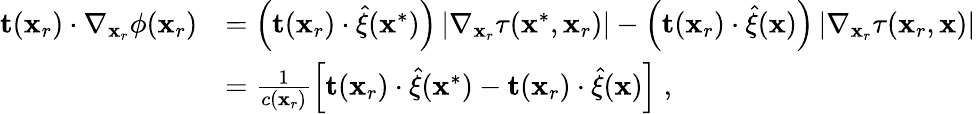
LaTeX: \begin{array}{rl}{\mathbf{t}(\mathbf{x}_{r})\cdot\nabla_{\mathbf{x}_{r}}\phi(\mathbf{x}_{r})}&{=\left(\mathbf{t}(\mathbf{x}_{r})\cdot\widehat{\mathbf{\xi}}(\mathbf{x}^{*})\right)\left|\nabla_{\mathbf{x}_{r}}\tau(\mathbf{x}^{*},\mathbf{x}_{r})\right|-\left(\mathbf{t}(\mathbf{x}_{r})\cdot\widehat{\mathbf{\xi}}(\mathbf{x})\right)\left|\nabla_{\mathbf{x}_{r}}\tau(\mathbf{x}_{r},\mathbf{x})\right|}\\ &{=\frac{1}{c(\mathbf{x}_{r})}\left[\mathbf{t}(\mathbf{x}_{r})\cdot\widehat{\mathbf{\xi}}(\mathbf{x}^{*})-\mathbf{t}(\mathbf{x}_{r})\cdot\widehat{\mathbf{\xi}}(\mathbf{x})\right]\; ,}\end{array}